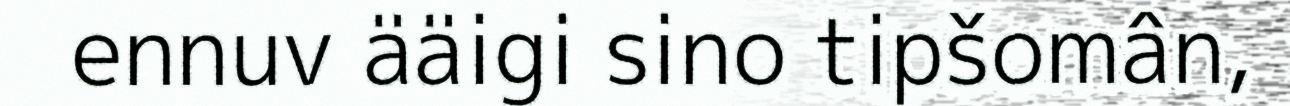
ennuv ääigi sino tipšomân,